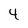
Character: 4